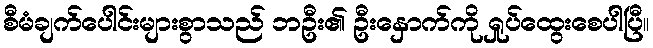
စီမံချက်ပေါင်းများစွာသည် ဘဦး၏ ဦးနှောက်ကို ရှုပ်ထွေးစေပါပြီ။